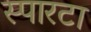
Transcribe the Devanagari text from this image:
स्पारटा